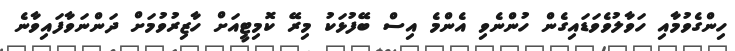
ހިންގެވުމާއި ހަވާލުވެވަޑައިގެން ހުންނެވި އެންމެ އިސް ބޭފުޅަކު މިރޭ ކޮމިޓީއަށް ހާޒިރުވުމަށް ދަންނަވާފައިވާނެ